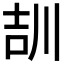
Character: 𡔠